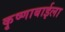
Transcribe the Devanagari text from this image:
कृष्णाबाईला